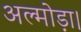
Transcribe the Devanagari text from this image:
अल्मोड़ा।